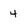
Character: 4